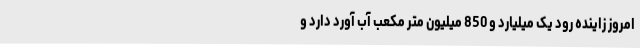
امروز زاینده رود یک میلیارد و 850 میلیون متر مکعب آب آورد دارد و